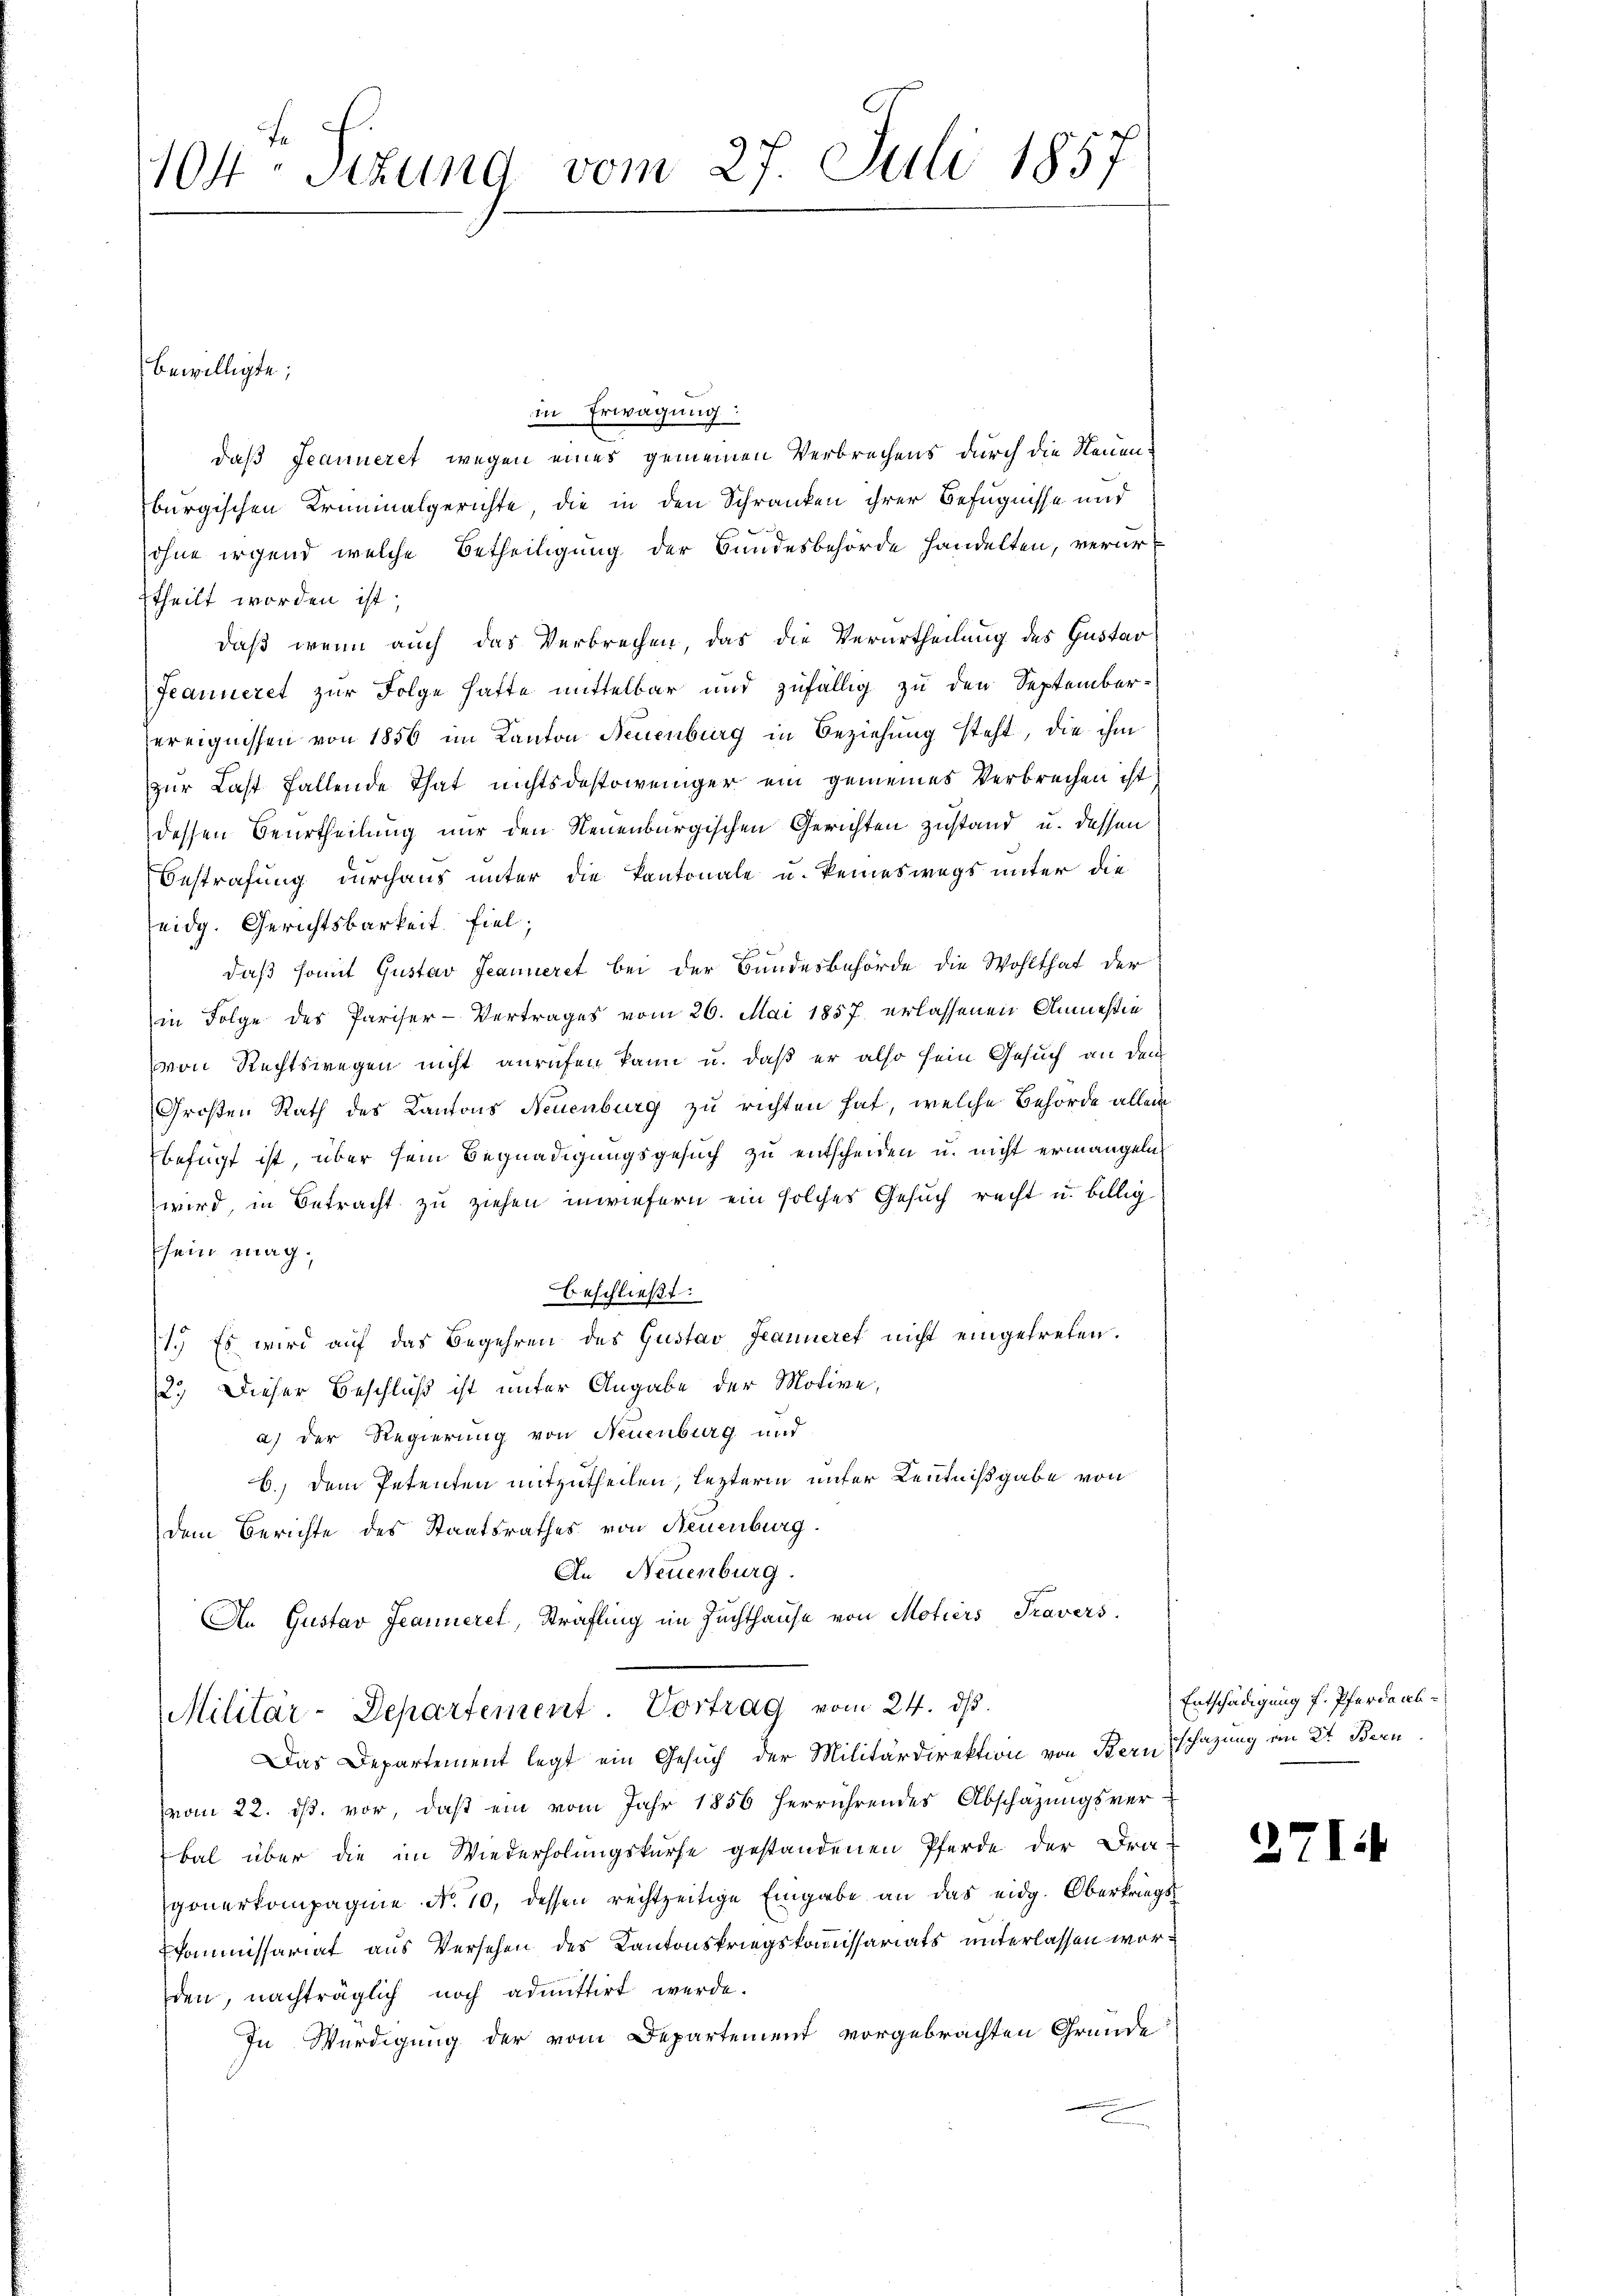
se
104 Stund vom 27. Juli 1857

in Erwägung:
daß Jeanneret wegen eines gemeinen Verbrechens durch die Neuenburgischen Kriminalgerichte, die in den Schranken ihrer Befugnisse und
ohne irgend welche Betheiligung der Bundesbehörde handelten, verurtheilt worden ist.
daß wenn auch das Verbrechen, das die Verurtheilung des Gustav
Feanneret zur Folge hafte mittelbar und zufällig zu den Septemberereignissen von 1856 im Kanton Neuenburg in Beziehung steht, die ihm
zur Last fallende That nichtsdestoweniger ein gemeines Verbrechen ist
dessen Beurtheilung nur den Neuenburgischen Gerichten zustand u. dessen
Bestrafung durchaus unter die Kantonale u. keineswegs unter die
eidg. Gerichtsbarkeit fiel,
daß somit Gustav Jeanneret bei der Bundesbehörde die Wohlthat der
in Folge des Pariser-Vertrages vom 26. Mai 1857 erlassenen Anmesin
von Rechtswegen nicht anrufen kann u. daß er also sein Gesuch an den
Großen Rath des Kantons Neuenburg zu richten hat, welche Behörde allein
befügt ist, über sein Begnadigungsgesuch zu entscheiden u. nicht ermangeln
wird, in Betracht zu ziehen inwiefern ein solches Gesuch recht u. billig
sein mag.
beschließt:
1.) Es wird auf das Begehren des Gustav Jeanneret nicht eingetreten.
2.) Dieser Beschluß ist unter Angabe der Motive,
a) der Regierung von Neuenburg und
b.) Dem Petenten mitzutheilen, lezteren unter Kenntnißgabe von
dem Berichte des Staatsrathes von Neuenburg.
An Neuenburg.
An Gustav Jeanneret, Strafling im Zuchthause von Motiers Travers

bewilligte;

Militär-Departement. Vortrag vom 24. dβ.

Das Departement legt ein Gesuch der Militärdirektion von Bernschazung am 2t. Bern
vom 22. ds. vor, daß ein vom Jahr 1856 herrührendes Abschazungsver-
bal über die im Wiederholungskurse gestandenen Pferde der Fra-
gonerkompagnie No. 10. dessen rechtzeitige Eingabe an das eidg. Oberkriegs¬
Ecommissariat aus Versehen des Kantonskriegskommissariats unterlassen worden, nachträglich noch admittirt werde.
In Würdigung der vom Departement vorgebrachten Gründe

Entschädigung f. Pferdarb¬

2714